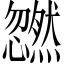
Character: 𫻜